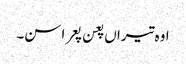
اوہ تیراں پعن پعرا سن۔